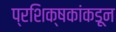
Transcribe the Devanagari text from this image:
प्रशिक्षकांकडून